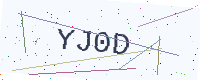
Text: YJ0D